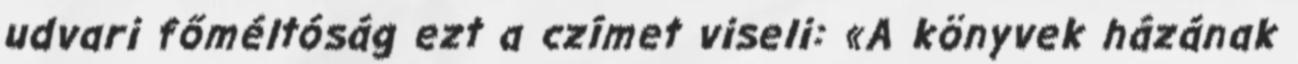
udvari főméltóság ezt a czímet viseli: «A könyvek házának